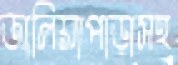
জালিয়াপাড়াসহ